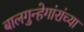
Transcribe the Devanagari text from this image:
बालगुन्हेगांरांच्या